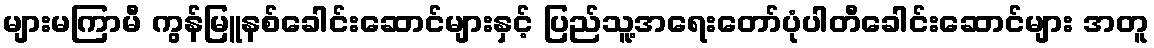
များမကြာမီ ကွန်မြူနစ်ခေါင်းဆောင်များနှင့် ပြည်သူ့အရေးတော်ပုံပါတီခေါင်းဆောင်များ အတူ